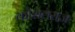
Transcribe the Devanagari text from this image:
कोशलराज